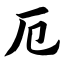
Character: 厄